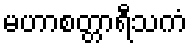
မဟာစတ္တာရီသကံ